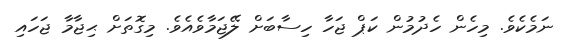
ނަމެކެވެ. މިހެން ހެދުމުން ކަޕް ޖަހާ ހިސާބަށް ލޭޖަމާވެއެވެ. މިގޮތަށް ޙިޖާމާ ޖަހައި